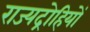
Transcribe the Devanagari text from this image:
राज्यद्रोहियों